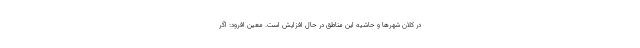
در کلان شهرها و حاشیه این مناطق در حال افزایش است. معین افرود: اگر